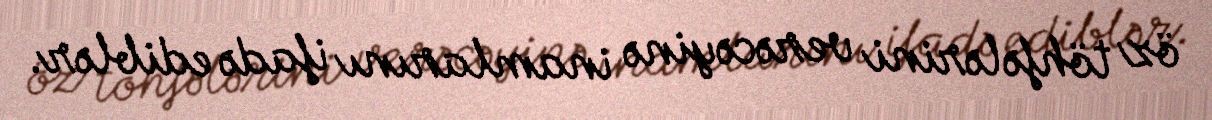
öz töhfələrini verəcəyinə inamlarını ifadə ediblər.